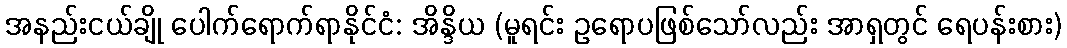
အနည်းငယ်ချို ပေါက်ရောက်ရာနိုင်ငံ: အိန္ဒိယ (မူရင်း ဥရောပဖြစ်သော်လည်း အာရှတွင် ရေပန်းစား)